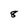
Character: 8